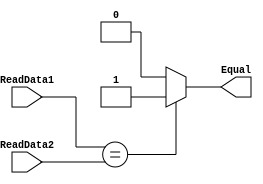
module Equal
#(
	parameter N=32
)
(
	/* ---------------------- INPUTS ----------------------*/
	input [N-1:0] ReadData1,
	input [N-1:0] ReadData2,
	
	/* ---------------------- OUTPUT ----------------------*/
	output reg  Equal
);

always@(*) begin
	Equal = (ReadData1 == ReadData2) ? 1 : 0;
end

endmodule